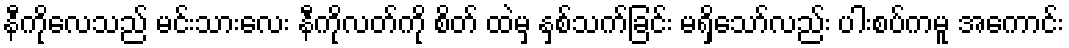
နီကိုလေသည် မင်းသားလေး နီကိုလတ်ကို စိတ် ထဲမှ နှစ်သက်ခြင်း မရှိသော်လည်း ပါးစပ်ကမူ အကောင်း